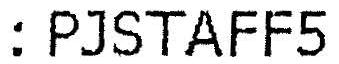
: PJSTAFF5